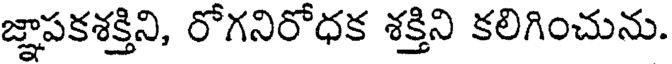
జ్ఞాపకశక్తిని, రోగనిరోధక శక్తిని కలిగించును.